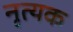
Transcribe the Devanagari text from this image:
नृत्यक